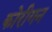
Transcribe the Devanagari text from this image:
कोरीगन